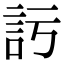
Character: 𧥦